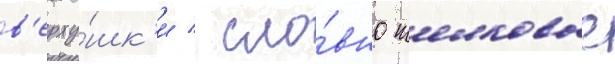
в'ерху́шк'и / сло́вно шелковые